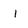
Character: I